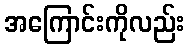
အကြောင်းကိုလည်း